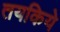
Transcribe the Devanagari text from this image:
तयकिये